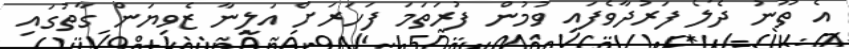
އެ ތޫނު ދެލޯ ފަރުދާވެފައި ވުމުން ފުރަތަމަ ފަހަރަށް އަލީނާ ޒެވިޔަން ގާތުގައި